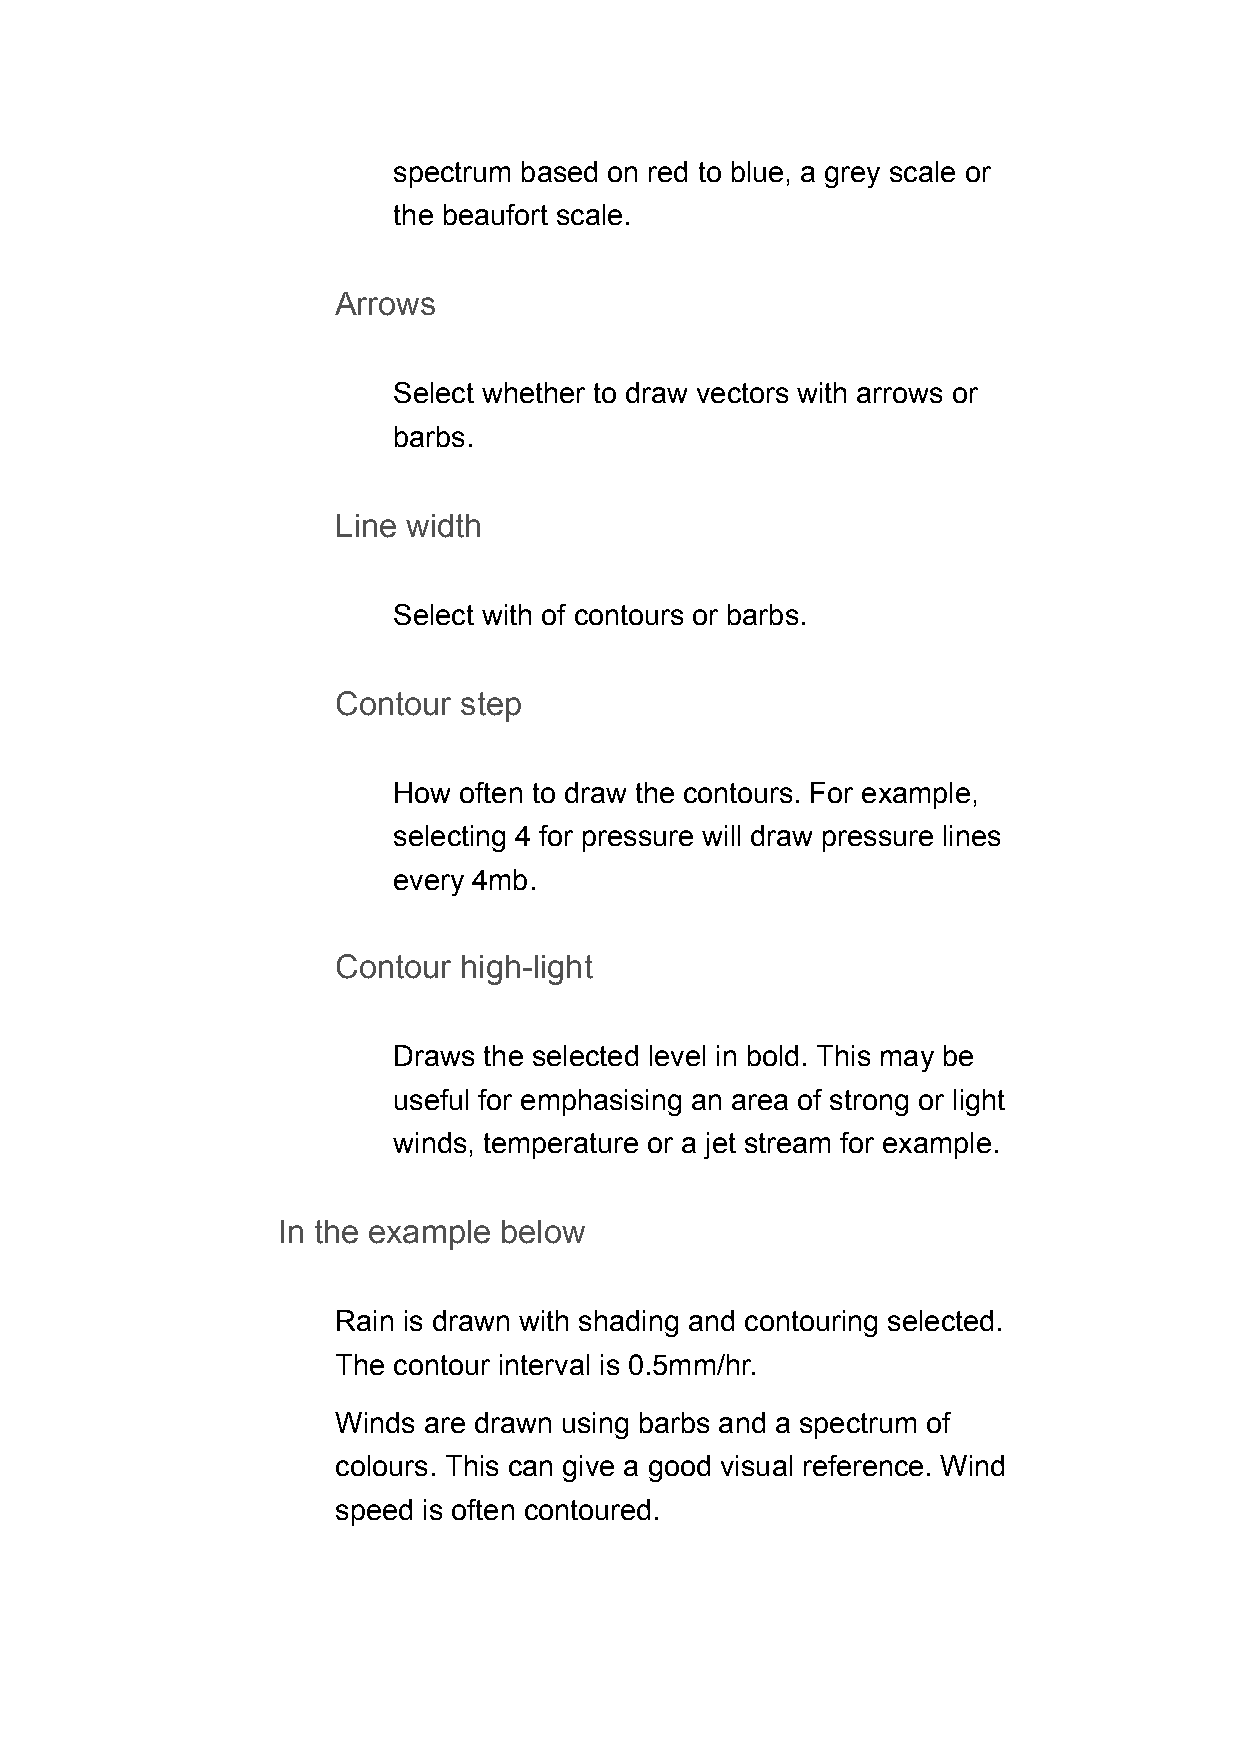
spectrum based on red to blue, a grey scale or
 the beaufort scale.
 Arrows
 Select whether to draw vectors with arrows or
 barbs.
 Line width
 Select with of contours or barbs.
 Contour step
 How often to draw the contours. For example,
 selecting 4 for pressure will draw pressure lines
 every 4mb.
 Contour high-light
 Draws the selected level in bold. This may be
 useful for emphasising an area of strong or light
 winds, temperature or a jet stream for example.
 In the example below
 Rain is drawn with shading and contouring selected.
 The contour interval is 0.5mm/hr.
 Winds are drawn using barbs and a spectrum of
 colours. This can give a good visual reference. Wind
 speed is often contoured.